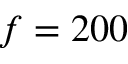
f = 2 0 0